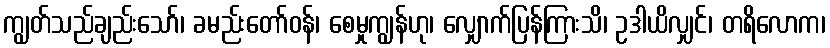
ကျွတ်သည်ချည်းသော်၊ ခမည်းတော်ဝန်၊ စေမှုကျွန်ဟု၊ လျှောက်ပြန်ကြားသိ၊ ဥဒါယိလျှင်၊ တရိလောက၊